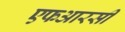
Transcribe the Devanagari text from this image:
एफआरसी